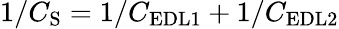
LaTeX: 1/C_{\mathrm{S}}=1/C_{\mathrm{EDL1}}+1/C_{\mathrm{EDL2}}